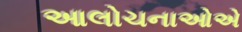
આલોચનાઓએ